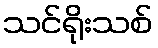
သင်ရိုးသစ်